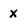
Character: x